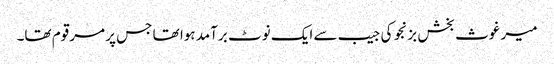
میر غوث بخش بزنجو کی جیب سے ایک نوٹ برآمد ہوا تھا جس پر مرقوم تھا۔